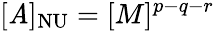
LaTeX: [\mathit{A}]_{\mathrm{{NU}}}=[M]^{p-q-r}